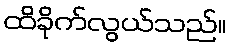
ထိခိုက်လွယ်သည်။